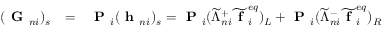
\begin{array} { r } { \begin{array} { l c l } { ( \textbf { G } _ { n i } ) _ { s } } & { = } & { \textbf { P } _ { i } ( \textbf { h } _ { n i } ) _ { s } = \textbf { P } _ { i } ( \widetilde { \Lambda } _ { n i } ^ { + } \widetilde { \textbf { f } } _ { i } ^ { e q } ) _ { L } + \textbf { P } _ { i } ( \widetilde { \Lambda } _ { n i } ^ { - } \widetilde { \textbf { f } } _ { i } ^ { e q } ) _ { R } } \end{array} } \end{array}